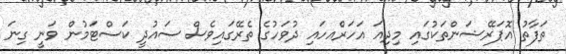
ތަފާތު އޮޕަރޭޝަންތަކުގައި މިދިއަ އަހަރެްއހައި ދުވަހުގެ ތެރޭގައިވެސް ސައުދީ ކަސްޓަމުން ވަނީ ގިނަ